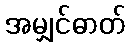
အမျှင်ဓာတ်